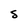
Character: S